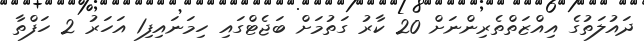
ދައުލަތުގެ އިއްޒަތްތެރިންނަށް 20 ކާރު ގަތުމަށް ބަޖެޓްގައި ހިމަނައިފި1 އަހަރު 2 ހަފްތާ